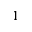
\boldsymbol { 1 }